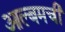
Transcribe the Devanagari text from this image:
आल्बमची